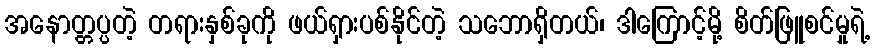
အနောတ္တပ္ပတဲ့ တရားနှစ်ခုကို ဖယ်ရှားပစ်နိုင်တဲ့ သဘောရှိတယ်၊ ဒါကြောင့်မို့ စိတ်ဖြူစင်မှုရဲ့